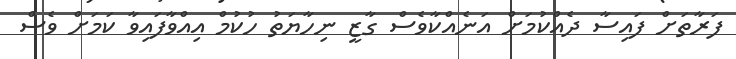
ފަރާތަށް ފައިސާ ދެއްކުމަށް އަނެއްކާވެސް ގާޒީ ނިހާޔަތު ހުކުމް އިއްވާފައިވާ ކަމަށް ވެސް